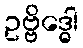
ဥဗ္ဗိဒ္ဓေါ